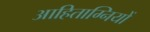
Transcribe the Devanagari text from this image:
आहिताग्नियों